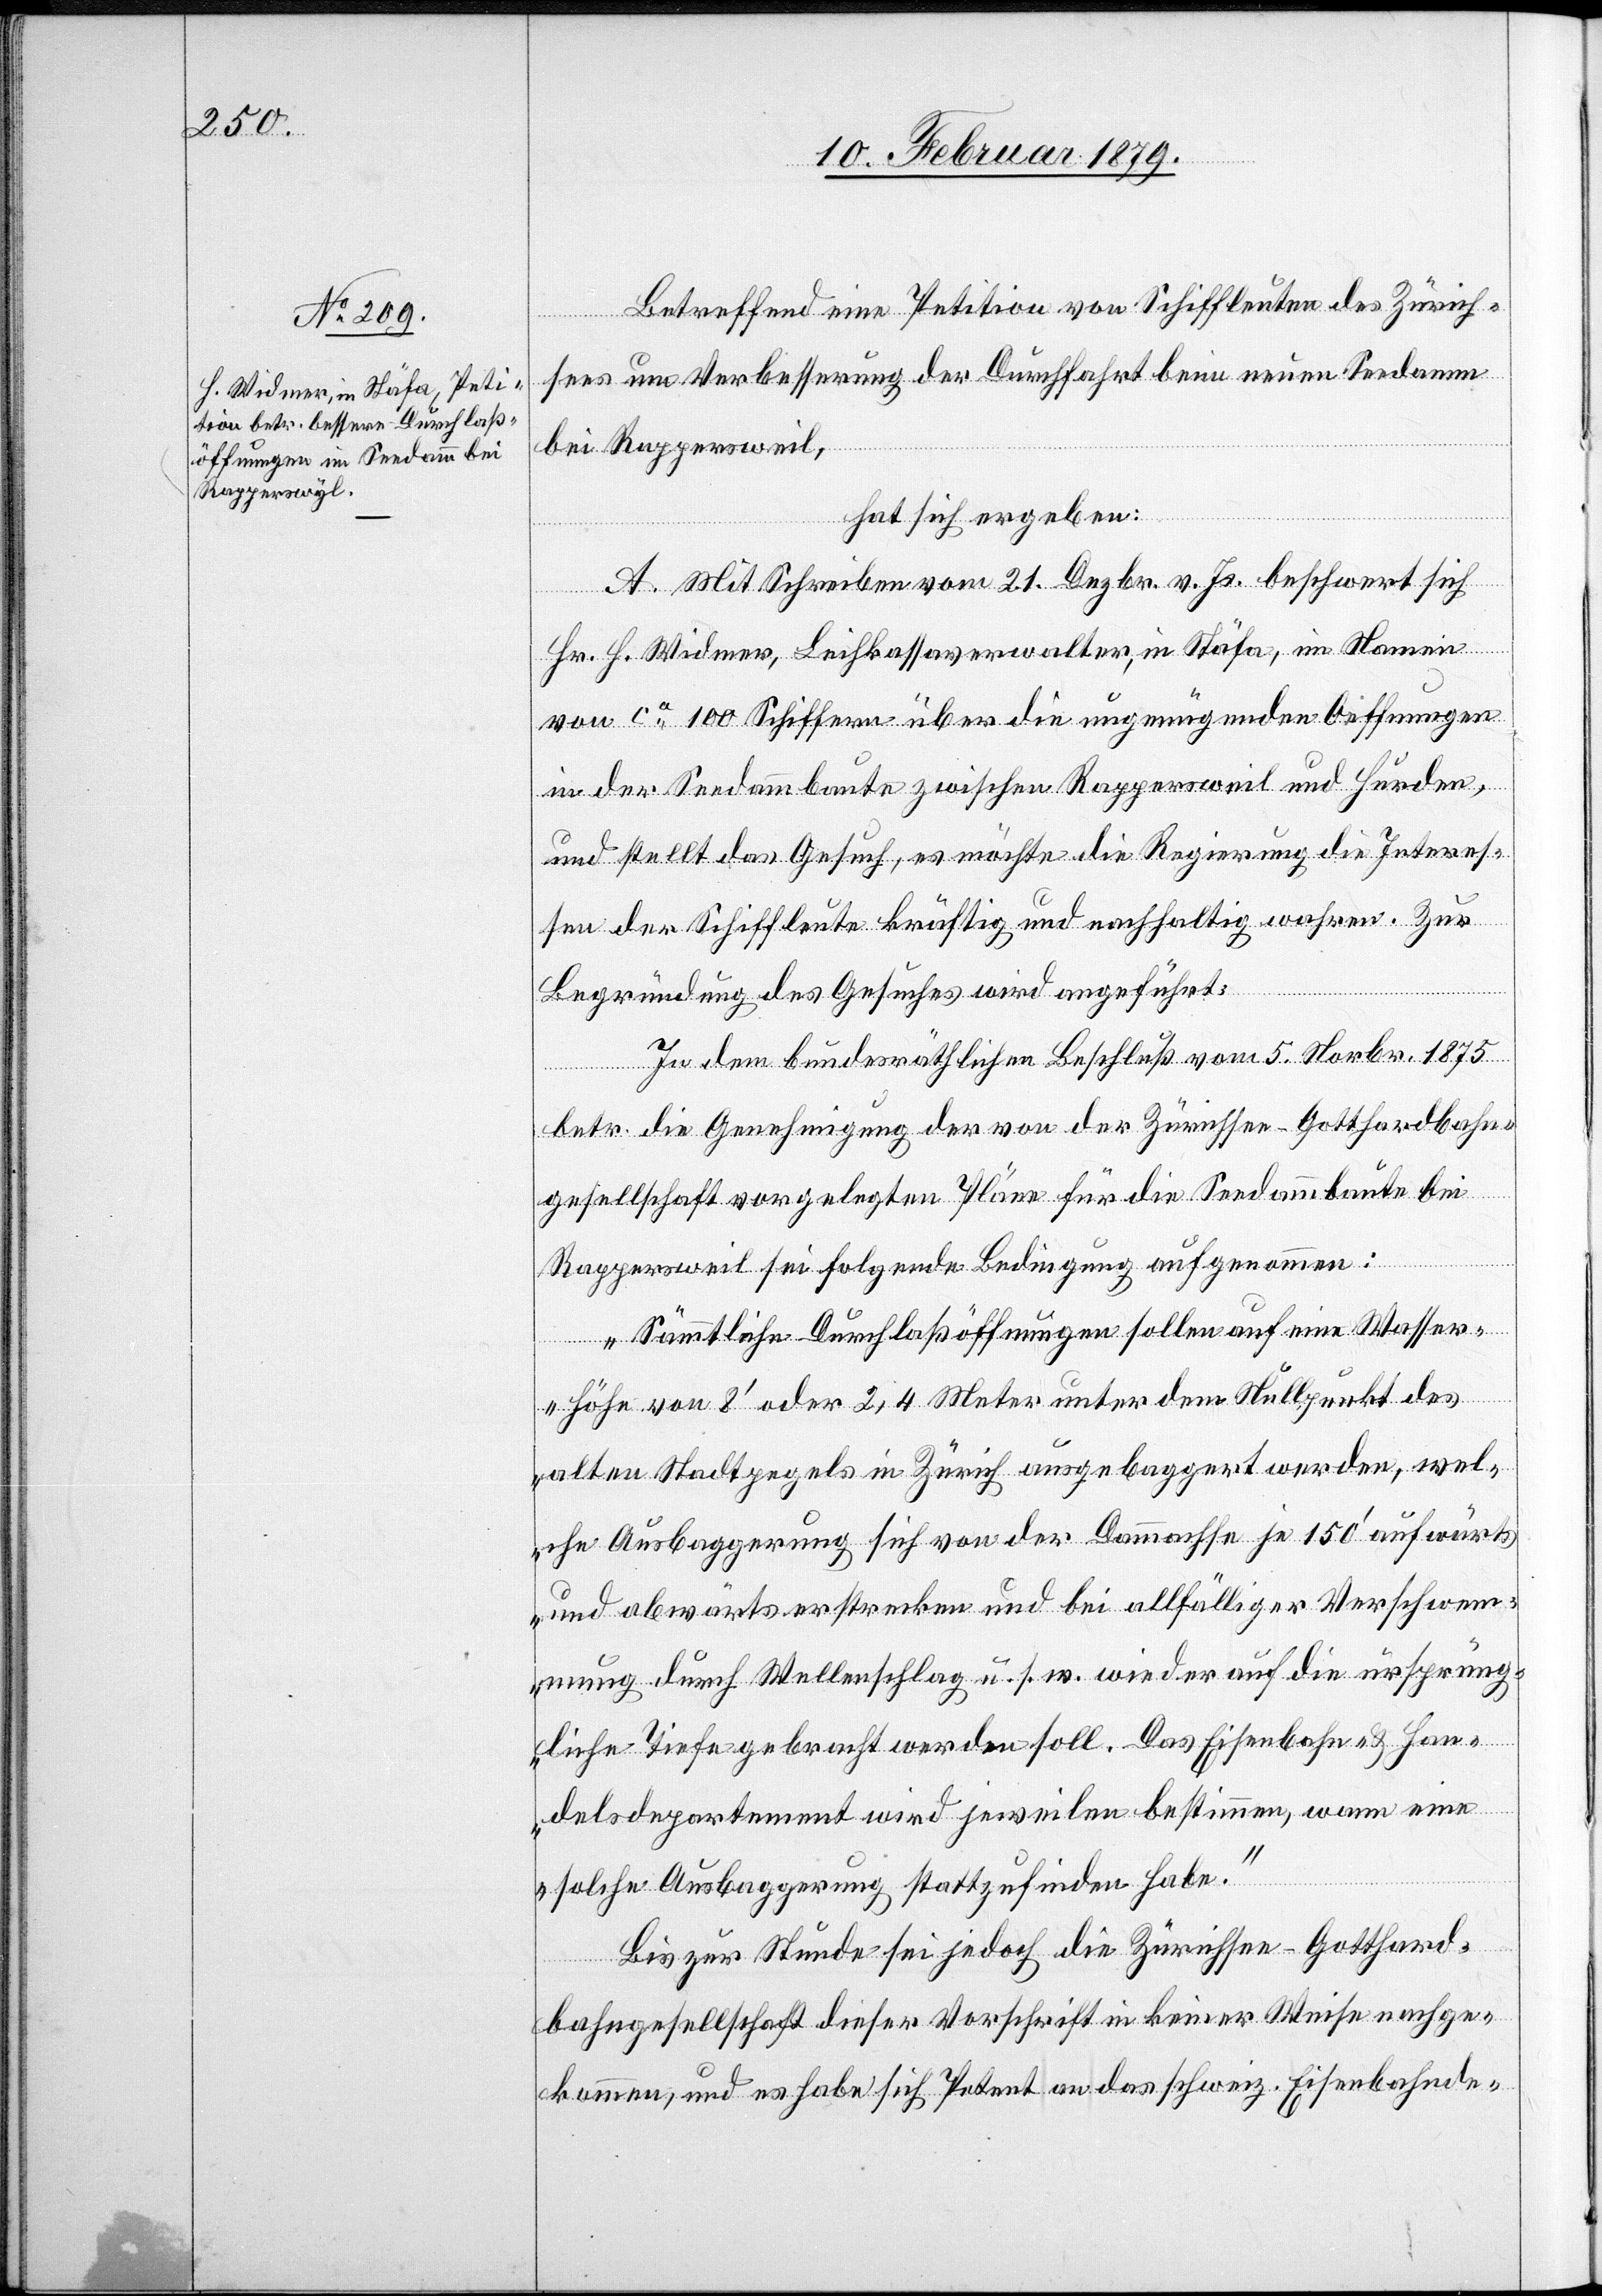
Betreffend eine Petition von Schiffleuten des Zürich¬
sees um Verbesserung der Durchfahrt beim neuen Seedamm
bei Rappersweil
hat sich ergeben:
A. Mit Schreiben vom 21. Dezbr. v. Js. beschwert sich
Hr. H. Widmer, Leihkassaverwalter, in Stäfa, im Namen
von ca 100 Schiffern über die ungenügenden Oeffnungen
in der Seedammbaute zwischen Rappersweil und Hurden,
und stellt das Gesuch, es möchte die Regierung die Interes¬
sen der Schiffleute kräftig und nachhaltig wahren. Zur
Begründung des Gesuches wird angeführt:
In dem bundesräthlichen Beschluß vom 5. Novbr. 1875
betr. die Genehmigung der von der Zürichsee–Gotthardbahn¬
gesellschaft vorgelegten Pläne für die Seedammbaute bei
Rappersweil sei folgende Bedingung aufgenommen:
„Sämmtliche Durchlaßöffnungen sollen auf eine Wasse¬
r-Höhe von 8’ oder 2,4 Meter unter dem Nullpunkt des
alten Stadtpegels in Zürich ausgebaggert werden, wel¬
che Ausbaggerung sich von der Dammachse je 150’ aufwärts
und abwärts erstrecken und bei allfälliger Verschwem¬
mung durch Wellenschlag u. s. w. wieder auf die ursprüng¬
liche Tiefe gebracht werden soll. Das Eisenbahn- & Han¬
delsdepartement wird jeweilen bestimmen, wann eine
solche Ausbaggerung stattzufinden habe.“
Bis zur Stunde sei jedoch die Zürichsee–Gotthard¬
bahngesellschaft dieser Vorschrift in keiner Weise nachge¬
kommen, und es habe sich Petent an das schweiz. Eisenbahnde-